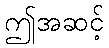
ဤအဆင့်